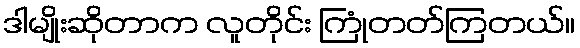
ဒါမျိုးဆိုတာက လူတိုင်း ကြုံတတ်ကြတယ်။